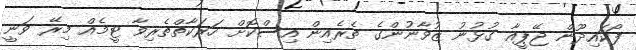
ފޯކައިދޫން ޖޭޕީއާ ގުޅުނު ޒުވާނުންގެ ތެރެއިން އިސްކޮށް ހަރަކާތްތެރިވާ ޓީމެއް މިރޭ ވަނީ